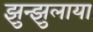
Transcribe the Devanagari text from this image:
झुन्झुलाया